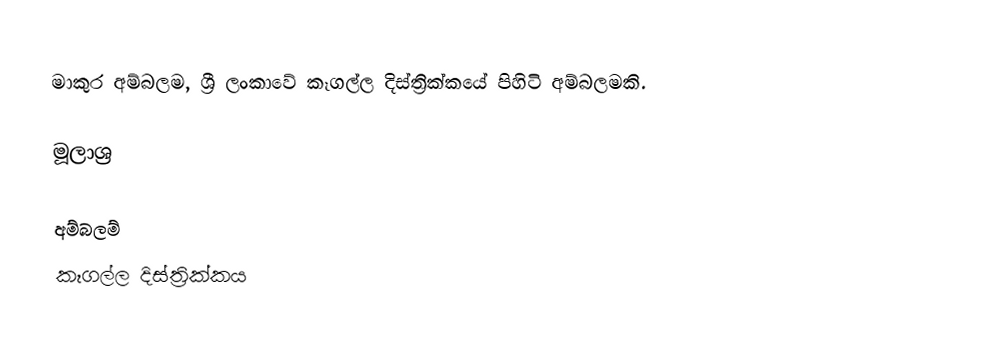
මාකුර අම්බලම, ශ්‍රී ලංකාවේ කෑගල්ල දිස්ත්‍රික්කයේ පිහිටි අම්බලමකි.

මූලාශ්‍ර

අම්බලම්
කෑගල්ල දිස්ත්‍රික්කය